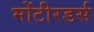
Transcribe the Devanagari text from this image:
मोंटीरडर्स